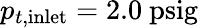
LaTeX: p_{t,\mathrm{inlet}}=2.0~\mathrm{psig}